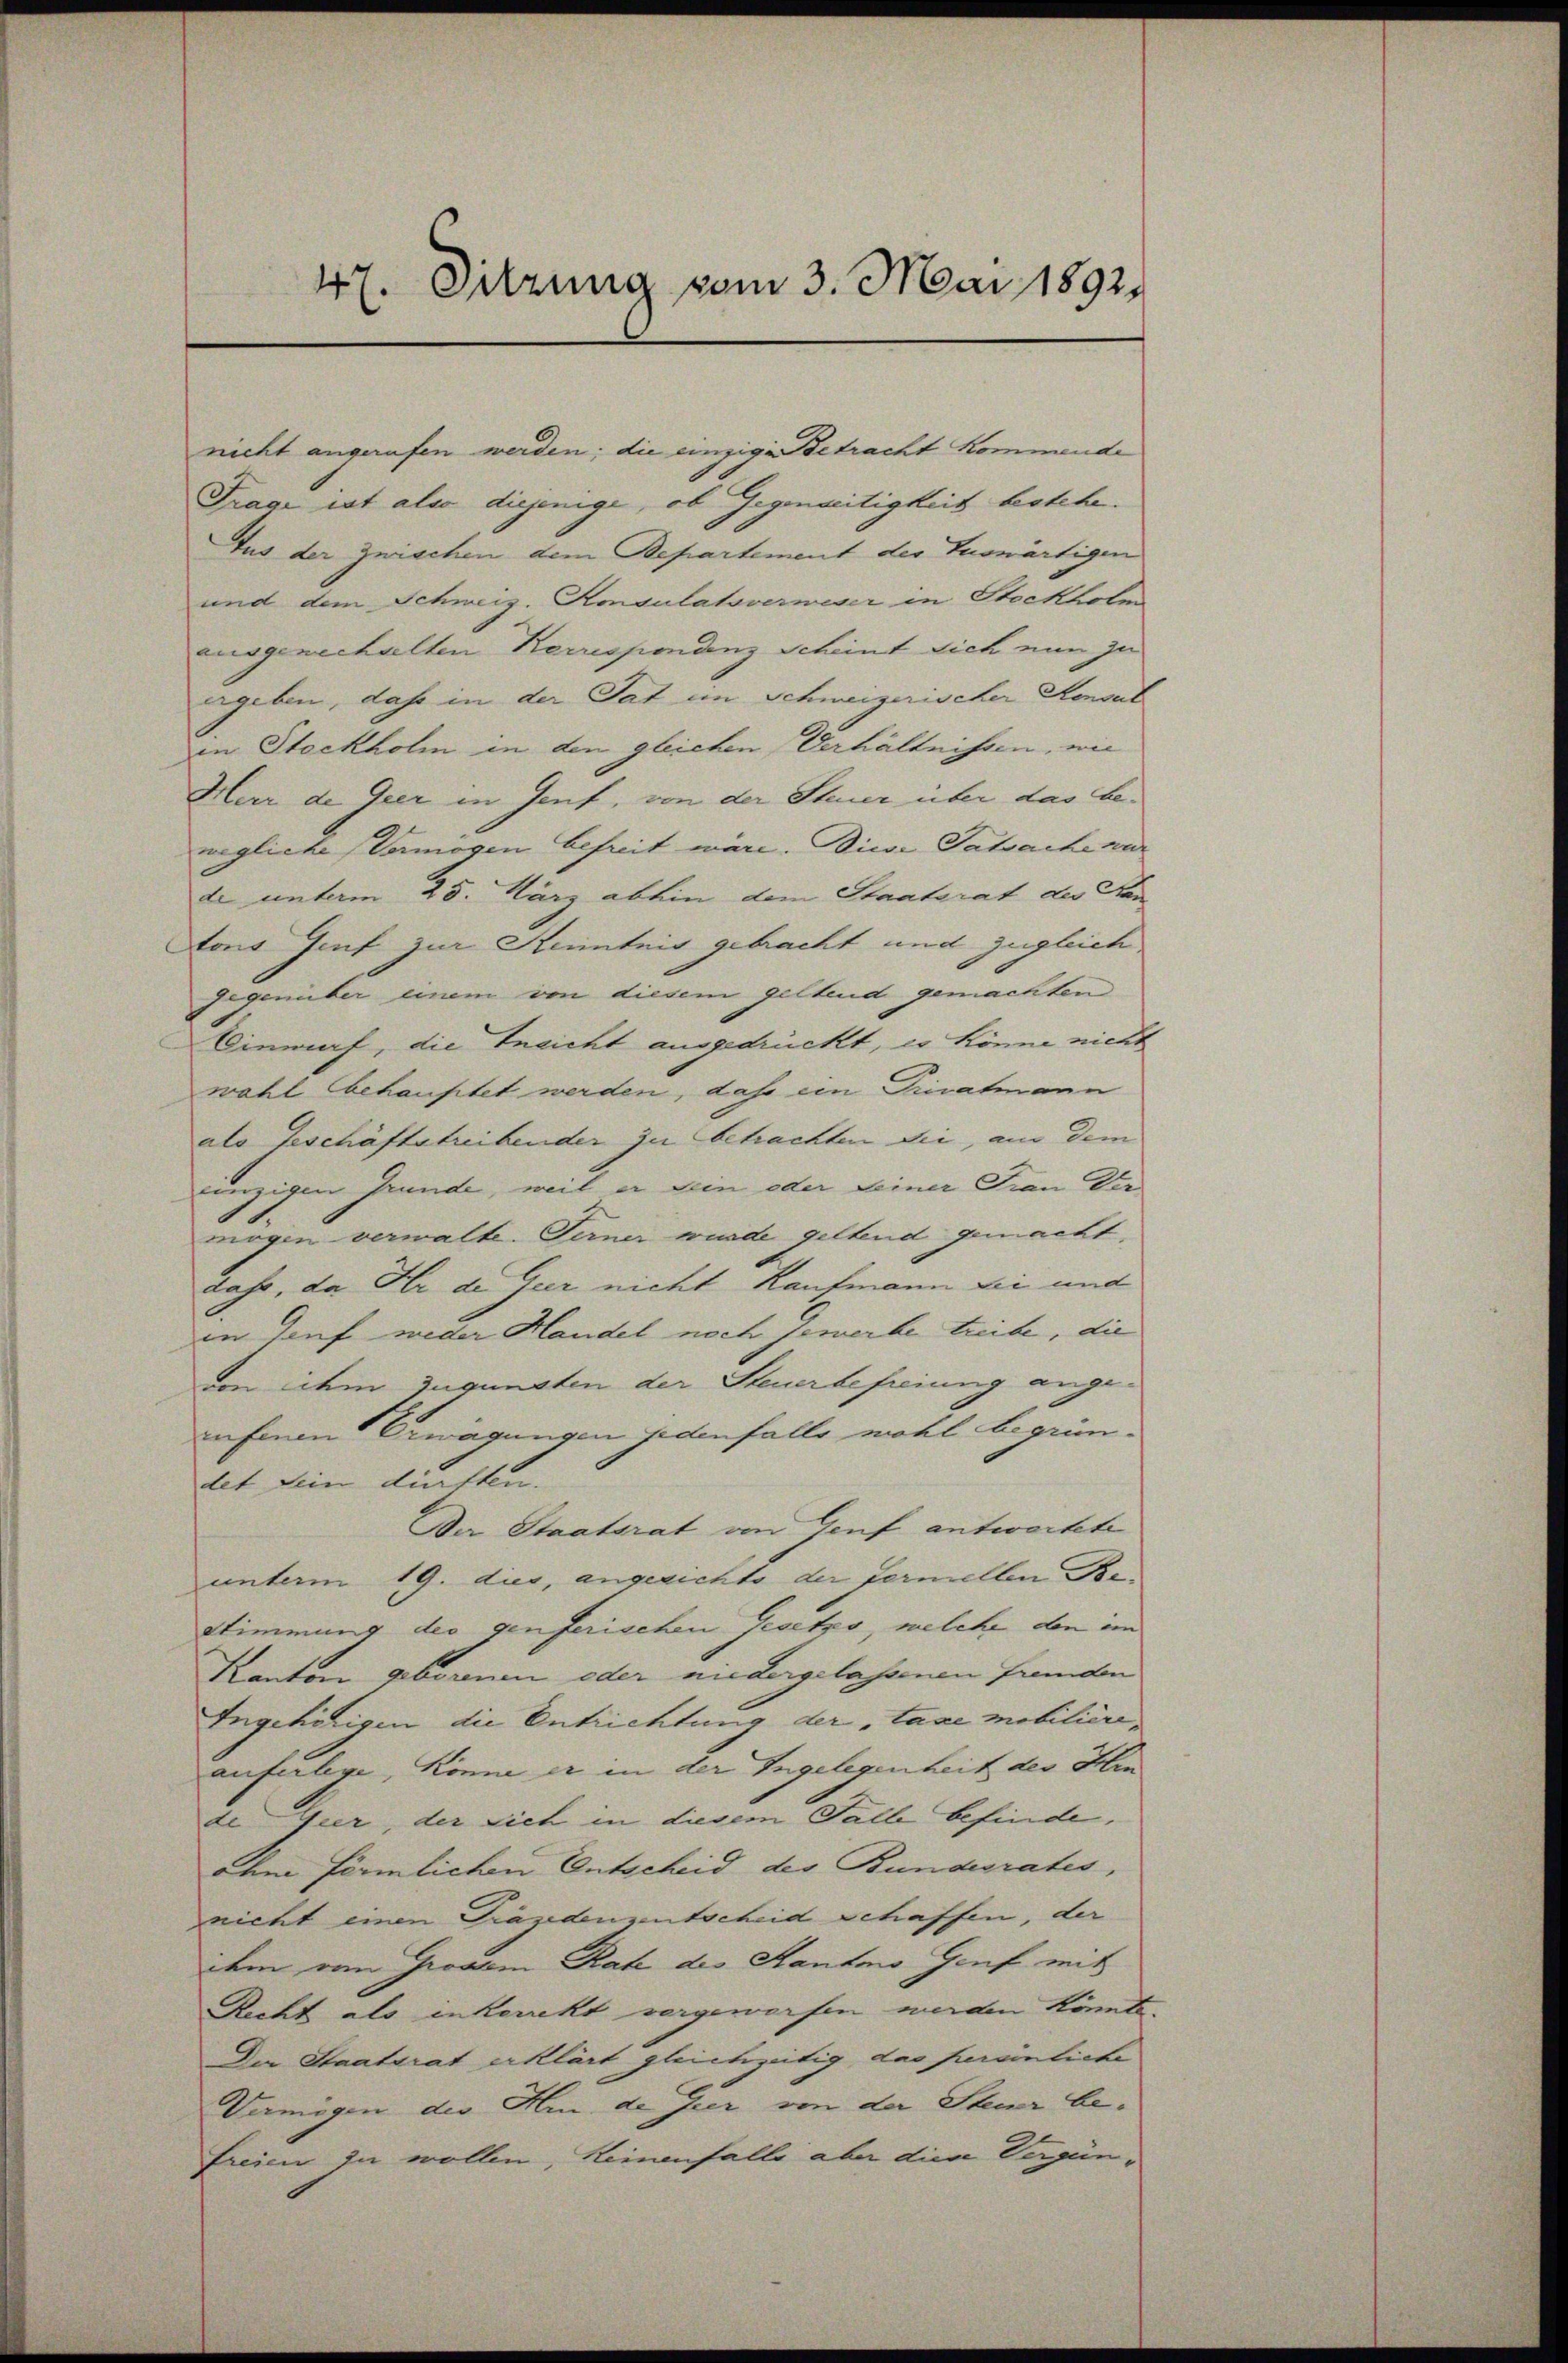
47. Sitzung vom 3. Mai 1892.

nicht angerufen werden; die einzige Betracht kommende
Frage ist also diejenige, ob Gegenseitigkeit bestehe.
Aus der Zwischen dem Bepartement der Auswärtigen
und dem Schweiz. Konsulatsverweser in Stockholm
auggenerhalten Korrespondenz Scheint sich nun zu
ergeben, daß in der Tat ein Schweizerischer Sensat
in Stockholm in den gleichen Verhältnissen, wie
Mar de Geer in Genf, von der Steuer über das bewegliche Vermögen befreit wäre. Diese Tatsache nur
de unterm 25. März abhin dem Staatsrat der San
toris Genf zur Kenntnis gebracht und zugleich
gegenüber einem von diesem geltend gemachten
Einwurf, die Ineicht ausgedrückt, es könne nicht
wahl behauptet werden, daß ein Privatmann
als Geschäftstreibender zu betrachten die, am dem
einzigen Grunde, weil er sein oder seiner Frau Der
mögen verwalte. Ferner wurde geltend gemacht,
dahe, da Er de Gier nicht Kaufmann sei und
in Genf weder Handel noch Jewerbe treibe, die
dn idem zugunsten der Steuerbefreiung angerufenen Erwägungen jedenfalls wohl begründet sein dürften.
Der Staatsrat von Genf antwortete
unterm 19. dies, angerichts der fermellen Be¬
Stimmung des genferischen Gesetzo, welche den ein
Kanton geborenen oder niedergelassenen fremden
Ingehörigen die Entrichtung der „taxe mobiliereauferlege, könne er in der Ingelegenheit der Hin
de Geer, der sich in diesem Fall befinde,
ohne förmlichen Entscheid des Bundesrates,
nicht einen Präsidenzentscheid schaffen, der
dem von Grossen Rate des Hantmo Genf mit
Recht als inkorrekt vergeworfen werden könnte.
Der Staatsrat erklärt gleichzeitig, das persönliche
Damögen der Hm. de Gier von der Steuer be¬
Freien ja wollen, keinenfalle aber die Vergün¬